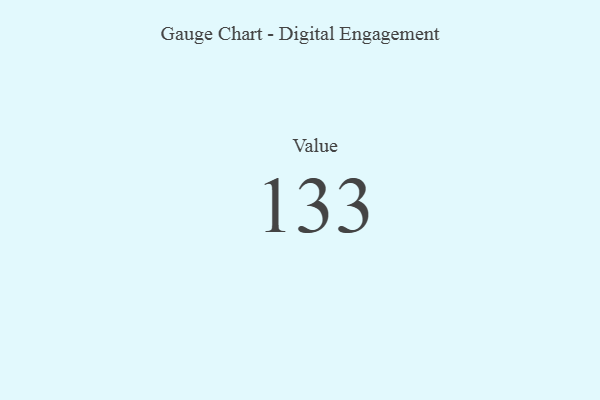
{"axis": {"x": "Metric", "y": "Value"}, "legend": [""], "data": [{"x": "Value", "y": 133, "type": ""}]}